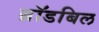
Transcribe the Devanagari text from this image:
ब्रॉडबिल